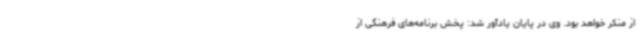
از منکر خواهد بود. وی در پایان یادآور شد: پخش برنامه‌های فرهنگی از